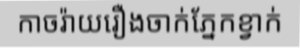
កាចរ៉ាយរឿងចាក់ភ្នែកខ្វាក់